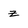
Character: z